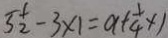
5 \frac { 1 } { 2 } - 3 \times 1 = a + \frac { 1 } { 4 } \times 1